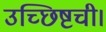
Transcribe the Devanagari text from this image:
उच्छिष्टची।